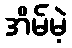
အိမ်မဲ့